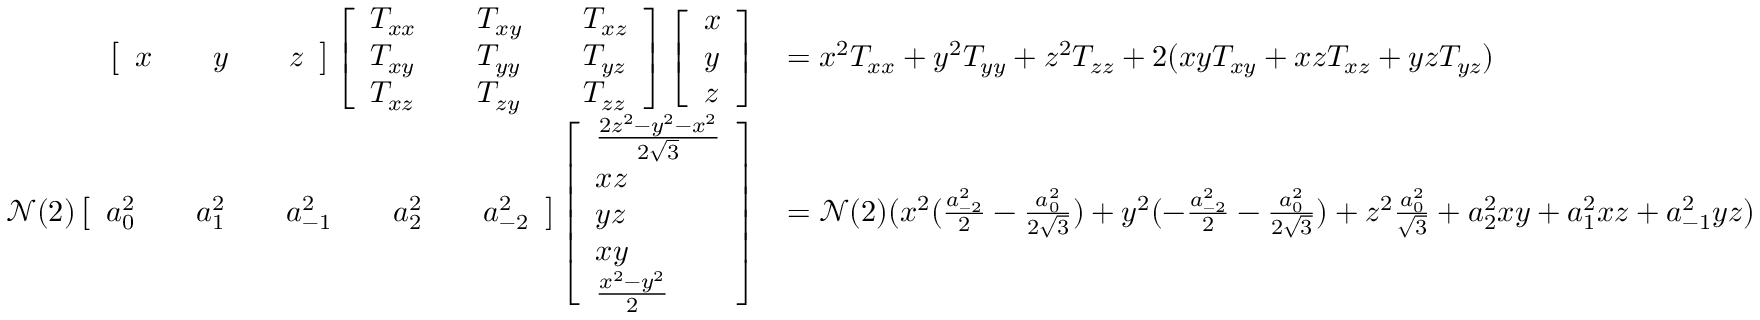
\begin{array} { r l } { \left[ \begin{array} { l l l l l } { x } & & { y } & & { z } \end{array} \right] \left[ \begin{array} { l l l l l } { T _ { x x } } & & { T _ { x y } } & & { T _ { x z } } \\ { T _ { x y } } & & { T _ { y y } } & & { T _ { y z } } \\ { T _ { x z } } & & { T _ { z y } } & & { T _ { z z } } \end{array} \right] \left[ \begin{array} { l } { x } \\ { y } \\ { z } \end{array} \right] } & { = x ^ { 2 } T _ { x x } + y ^ { 2 } T _ { y y } + z ^ { 2 } T _ { z z } + 2 ( x y T _ { x y } + x z T _ { x z } + y z T _ { y z } ) } \\ { \mathcal { N } ( 2 ) \left[ \begin{array} { l l l l l l l l l } { a _ { 0 } ^ { 2 } } & & { a _ { 1 } ^ { 2 } } & & { a _ { - 1 } ^ { 2 } } & & { a _ { 2 } ^ { 2 } } & & { a _ { - 2 } ^ { 2 } } \end{array} \right] \left[ \begin{array} { l } { \frac { 2 z ^ { 2 } - y ^ { 2 } - x ^ { 2 } } { 2 \sqrt { 3 } } } \\ { x z } \\ { y z } \\ { x y } \\ { \frac { x ^ { 2 } - y ^ { 2 } } { 2 } } \end{array} \right] } & { = \mathcal { N } ( 2 ) ( x ^ { 2 } ( \frac { a _ { - 2 } ^ { 2 } } { 2 } - \frac { a _ { 0 } ^ { 2 } } { 2 \sqrt { 3 } } ) + y ^ { 2 } ( - \frac { a _ { - 2 } ^ { 2 } } { 2 } - \frac { a _ { 0 } ^ { 2 } } { 2 \sqrt { 3 } } ) + z ^ { 2 } \frac { a _ { 0 } ^ { 2 } } { \sqrt { 3 } } + a _ { 2 } ^ { 2 } x y + a _ { 1 } ^ { 2 } x z + a _ { - 1 } ^ { 2 } y z ) } \end{array}